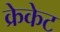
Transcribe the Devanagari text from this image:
क्रेकेट